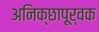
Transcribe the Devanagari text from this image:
अनिक्छापूर्वक